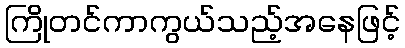
ကြိုတင်ကာကွယ်သည့်အနေဖြင့်